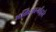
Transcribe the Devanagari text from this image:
भक्तिमार्गाद्वारे